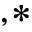
^ { , * }